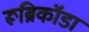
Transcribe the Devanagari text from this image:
रूब्रिकॉडा